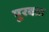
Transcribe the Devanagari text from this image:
पुरवता